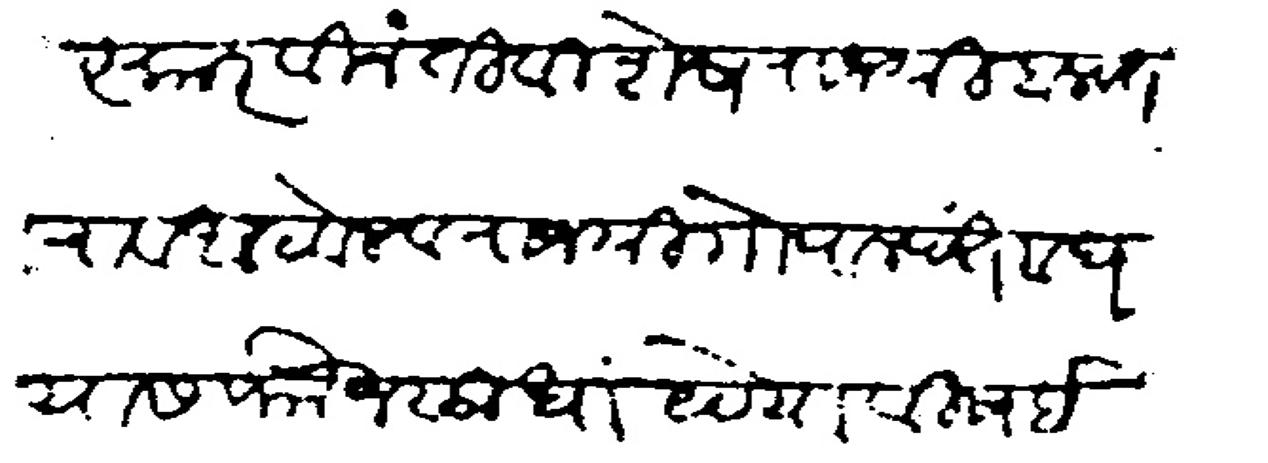
Transliteration (Devanagari): नमस्कार विनंती विशेष राजश्री बलवंतराव आठवले व राजश्री गोपालपंत वाघ यास फौज सुधा येण्या विषईची